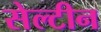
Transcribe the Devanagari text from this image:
सेल्टीन